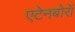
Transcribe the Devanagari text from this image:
एटेनबोरॉ